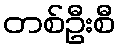
တစ်ဦးစီ